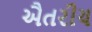
ઐતરીય